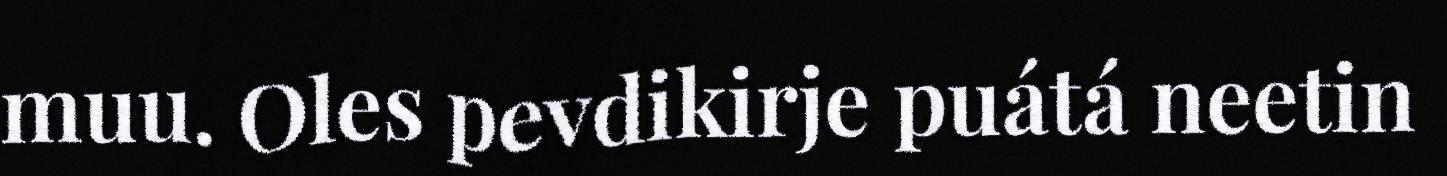
muu. Oles pevdikirje puátá neetin